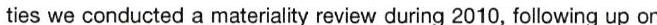
ties we conducted a materiality review during 2010, following up on